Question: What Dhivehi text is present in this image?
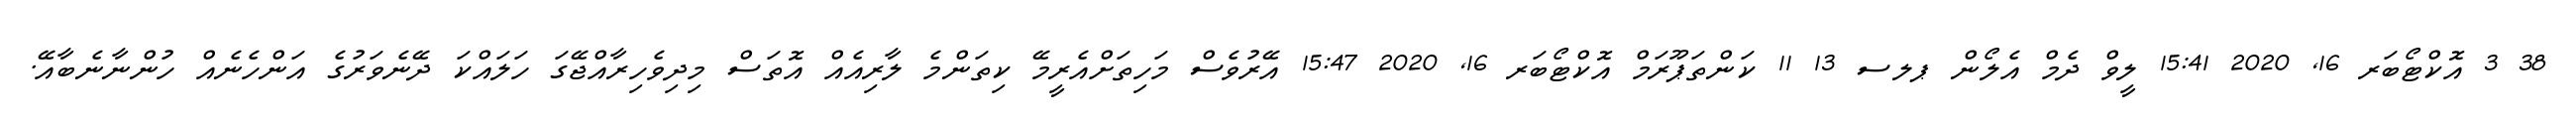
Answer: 38 3 އޮކްޓޯބަރ 16, 2020 15:41 ލީވް ދެމް އެލޯން ޕލސ 13 11 ކަންތަޕޫރަމް އޮކްޓޯބަރ 16, 2020 15:47 އޭރުވެސް މަހިތަށްއެރީމޭ ކިތަންމެ ލާރިއެއް އޮތަސް މިދިވެހިރާއްޖޭގަ ހަލައްކަ ދޭނެވަރުގެ އަންހެނެއް ހުންނާނެބާއޭ.